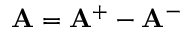
\mathbf { A } = \mathbf { A } ^ { + } - \mathbf { A } ^ { - }